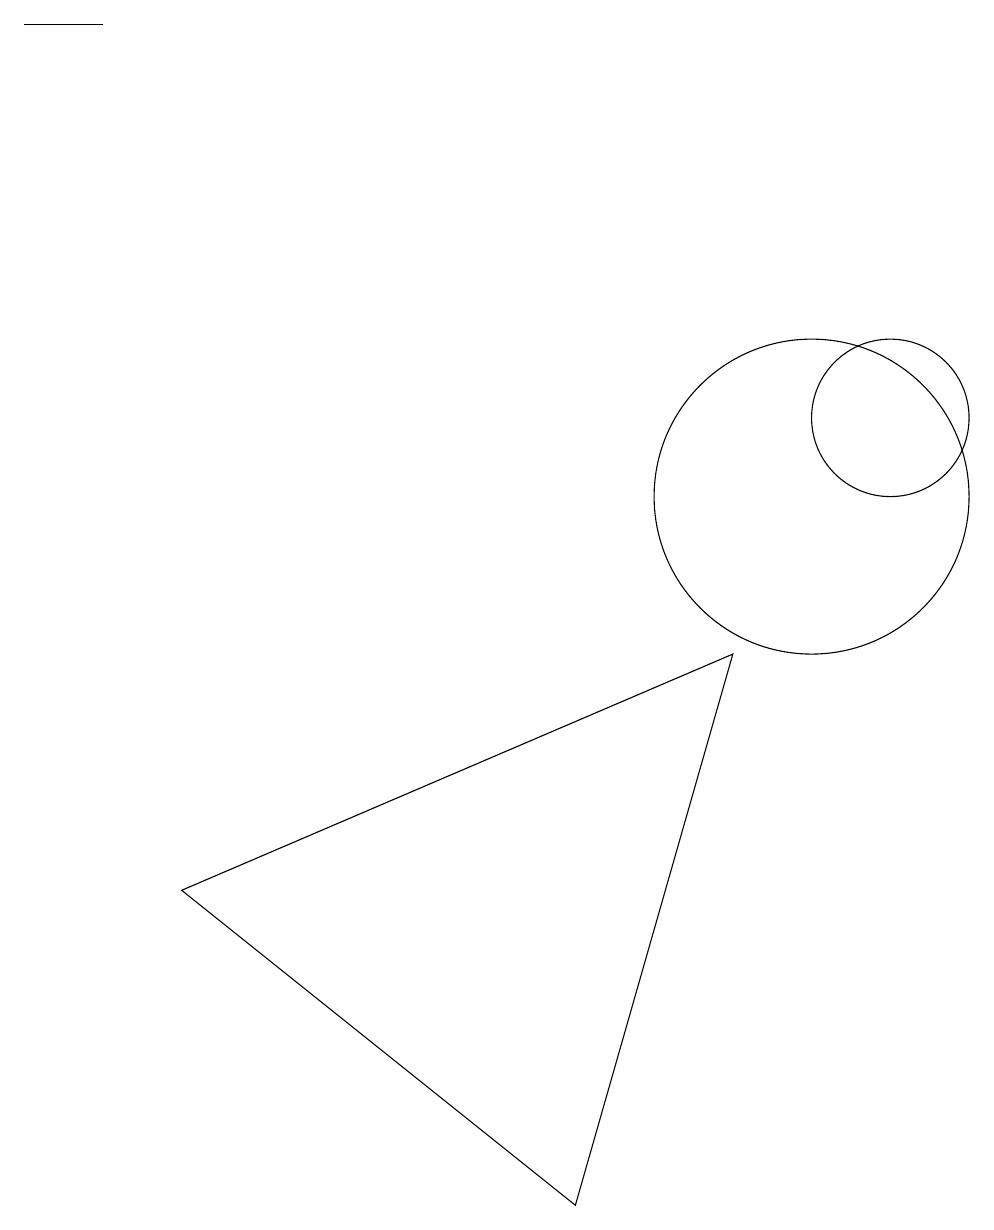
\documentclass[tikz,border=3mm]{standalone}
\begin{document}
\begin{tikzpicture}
\draw (11,11) circle (1);
\draw (0,16) rectangle (1,16);
\draw (10,10) circle (2);
\draw (9,8) -- (7,1) -- (2,5) -- cycle;
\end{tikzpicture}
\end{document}